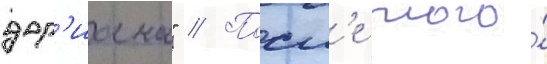
дор'иана" // Посл'е того́